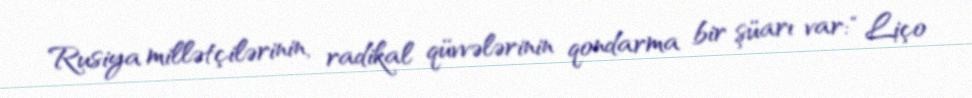
Rusiya millətçilərinin, radikal qüvvələrinin qondarma bir şüarı var: “Liço